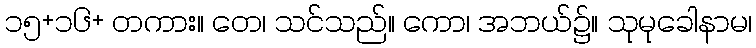
၁၅+၁၆+ တကား။ တေ၊ သင်သည်။ ကော၊ အဘယ်၌။ သုမုခေါနာမ၊